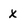
Character: X